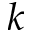
k